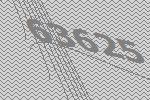
63625